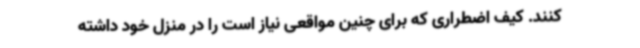
کنند. کیف اضطراری که برای چنین مواقعی نیاز است را در منزل خود داشته